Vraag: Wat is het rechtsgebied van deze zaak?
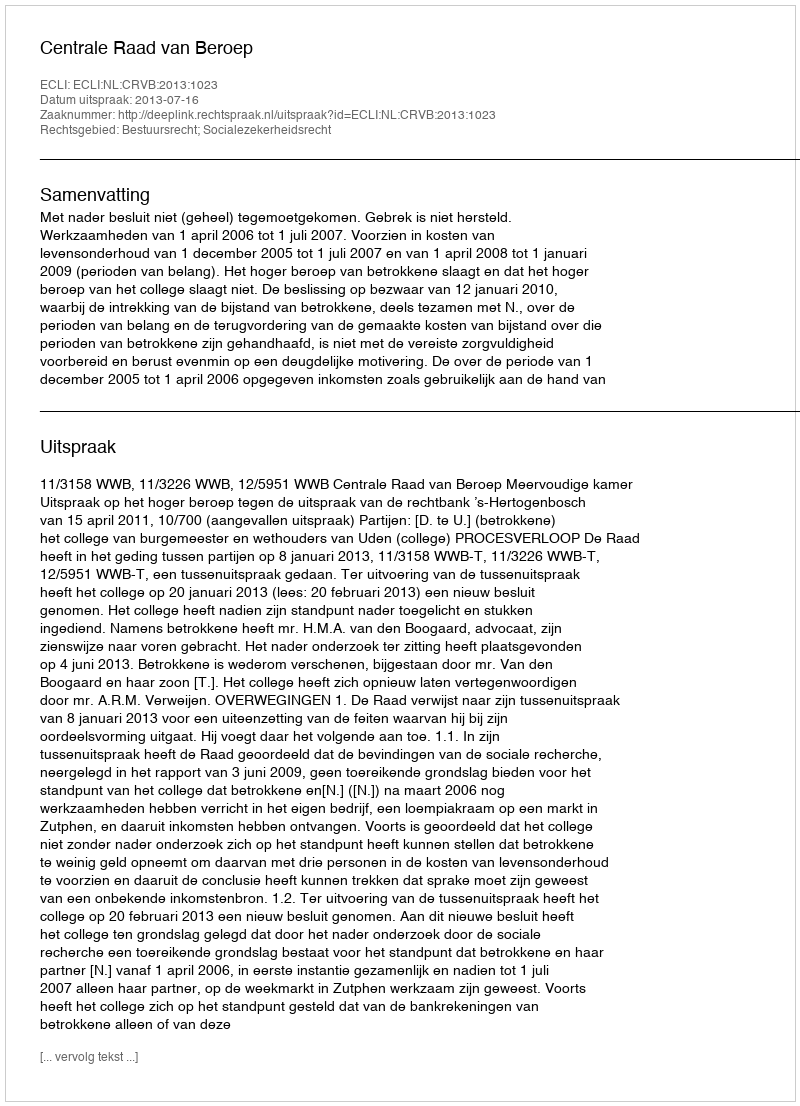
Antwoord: Bestuursrecht; Socialezekerheidsrecht